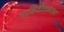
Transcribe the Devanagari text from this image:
माहितीतळावर